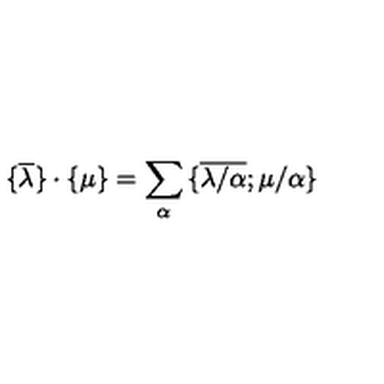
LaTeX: { \{ } \overline { { \lambda } } { \} } \cdot { \{ } { \mu } { \} } = \sum _ { \alpha } { \{ } \overline { { \lambda / \alpha } } ; { \mu / \alpha } { \} }